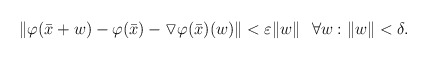
\begin{align*} \|\varphi(\bar x+w)-\varphi(\bar x)-\triangledown\varphi(\bar x)(w)\|<\varepsilon\|w\|\ \ \forall w: \|w\|<\delta.\end{align*}